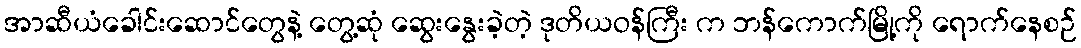
အာဆီယံခေါင်းဆောင်တွေနဲ့ တွေ့ဆုံ ဆွေးနွေးခဲ့တဲ့ ဒုတိယဝန်ကြီး က ဘန်ကောက်မြို့ကို ရောက်နေစဉ်